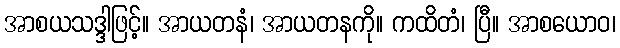
အာစယသဒ္ဒါဖြင့်။ အာယတနံ၊ အာယတနကို။ ကထိတံ၊ ပြီ။ အာစယောဝ၊